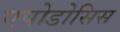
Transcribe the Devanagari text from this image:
एपोडोसिस